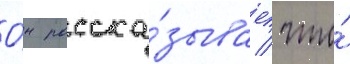
О́н расска́зывает / что́